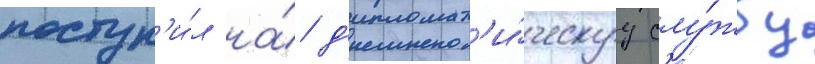
поступ'и́л на́ д'ипломат'и́ческуу слу́жбу